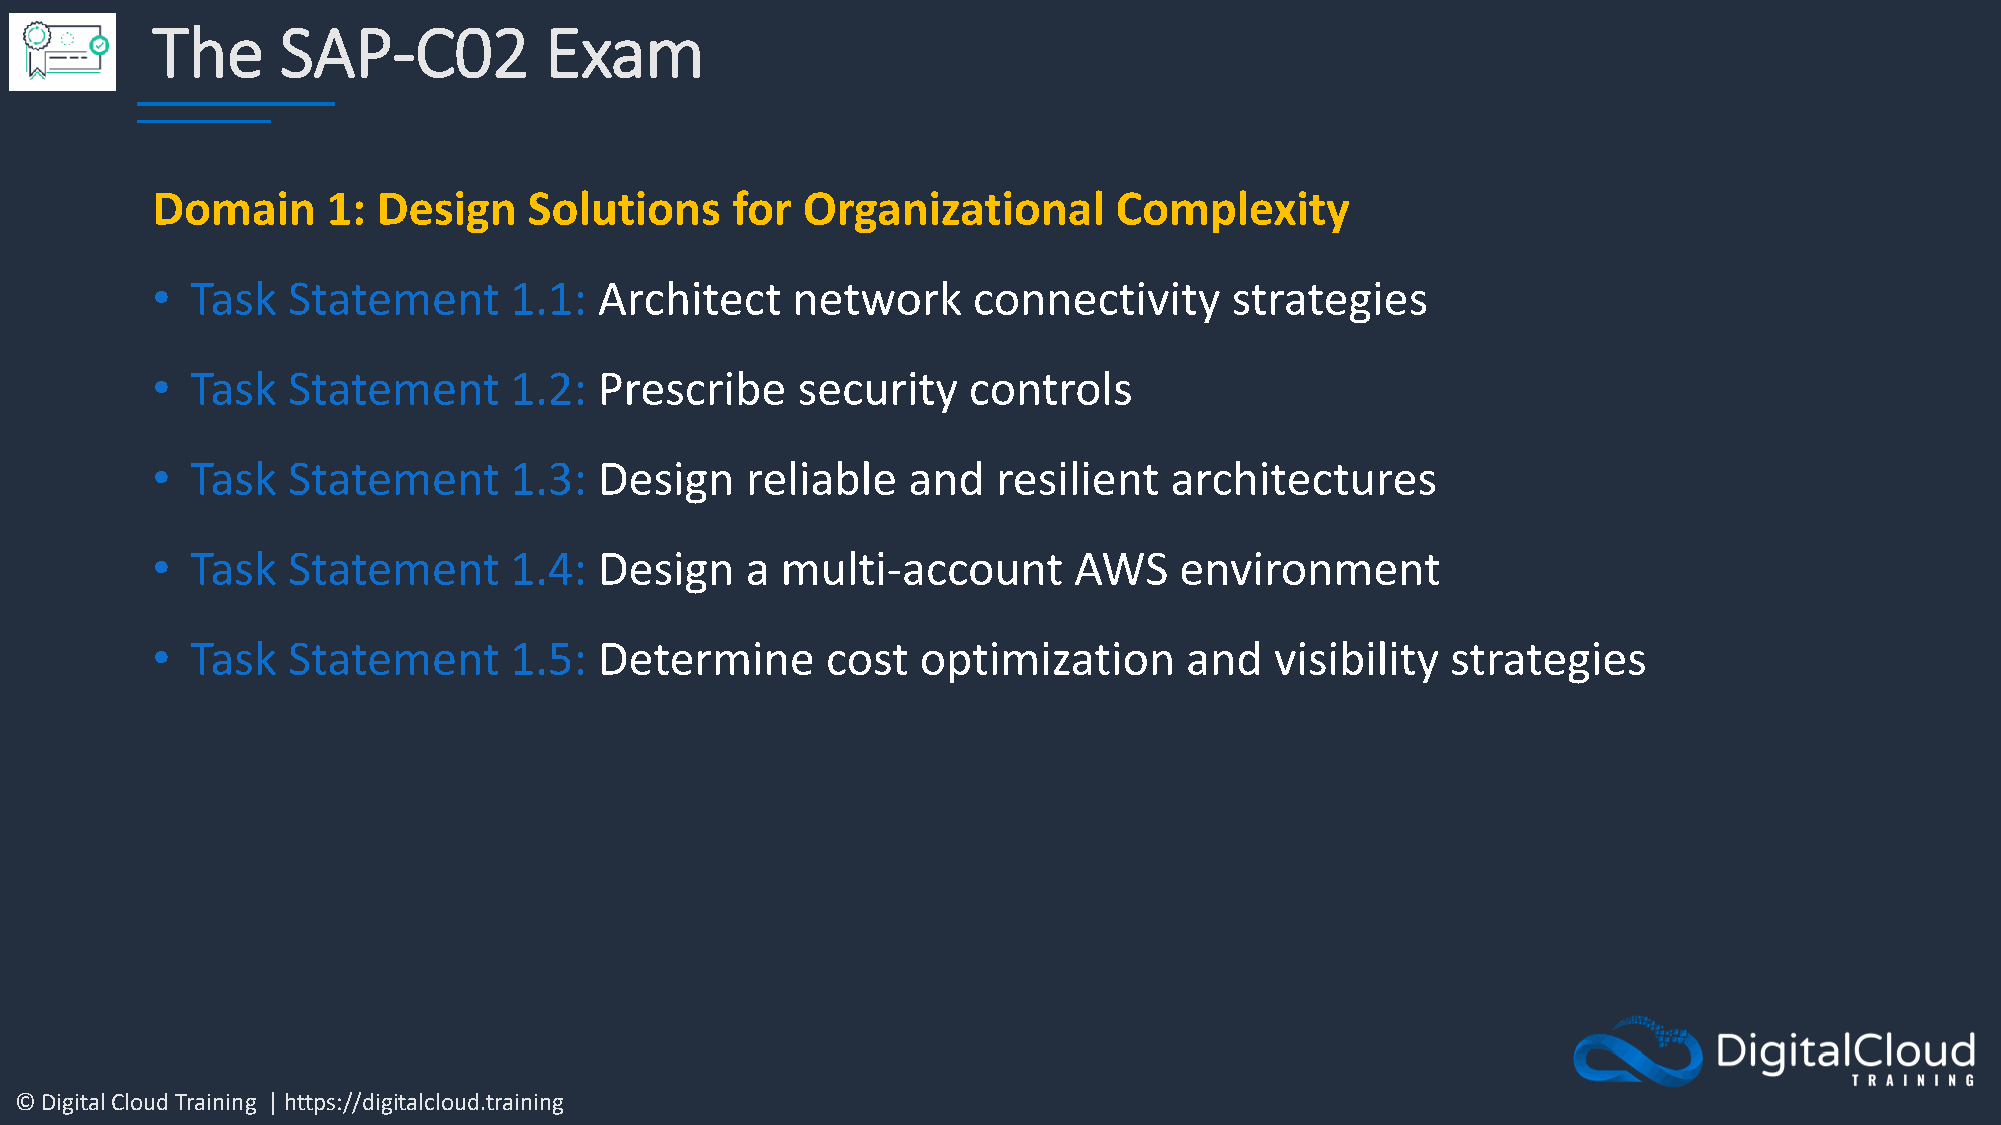
The      SAP-C02          Exam
 Domain      1: Design    Solutions    for  Organizational       Complexity
 •  Task  Statement      1.1:  Architect   network     connectivity      strategies
 •  Task  Statement      1.2:  Prescribe    security   controls
 •  Task  Statement      1.3:  Design   reliable   and   resilient  architectures
 •  Task  Statement      1.4:  Design   a  multi-account      AWS    environment
 •  Task  Statement      1.5:  Determine      cost  optimization     and   visibility  strategies
 © Digital Cloud Training | https://digitalcloud.training